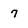
Character: 7